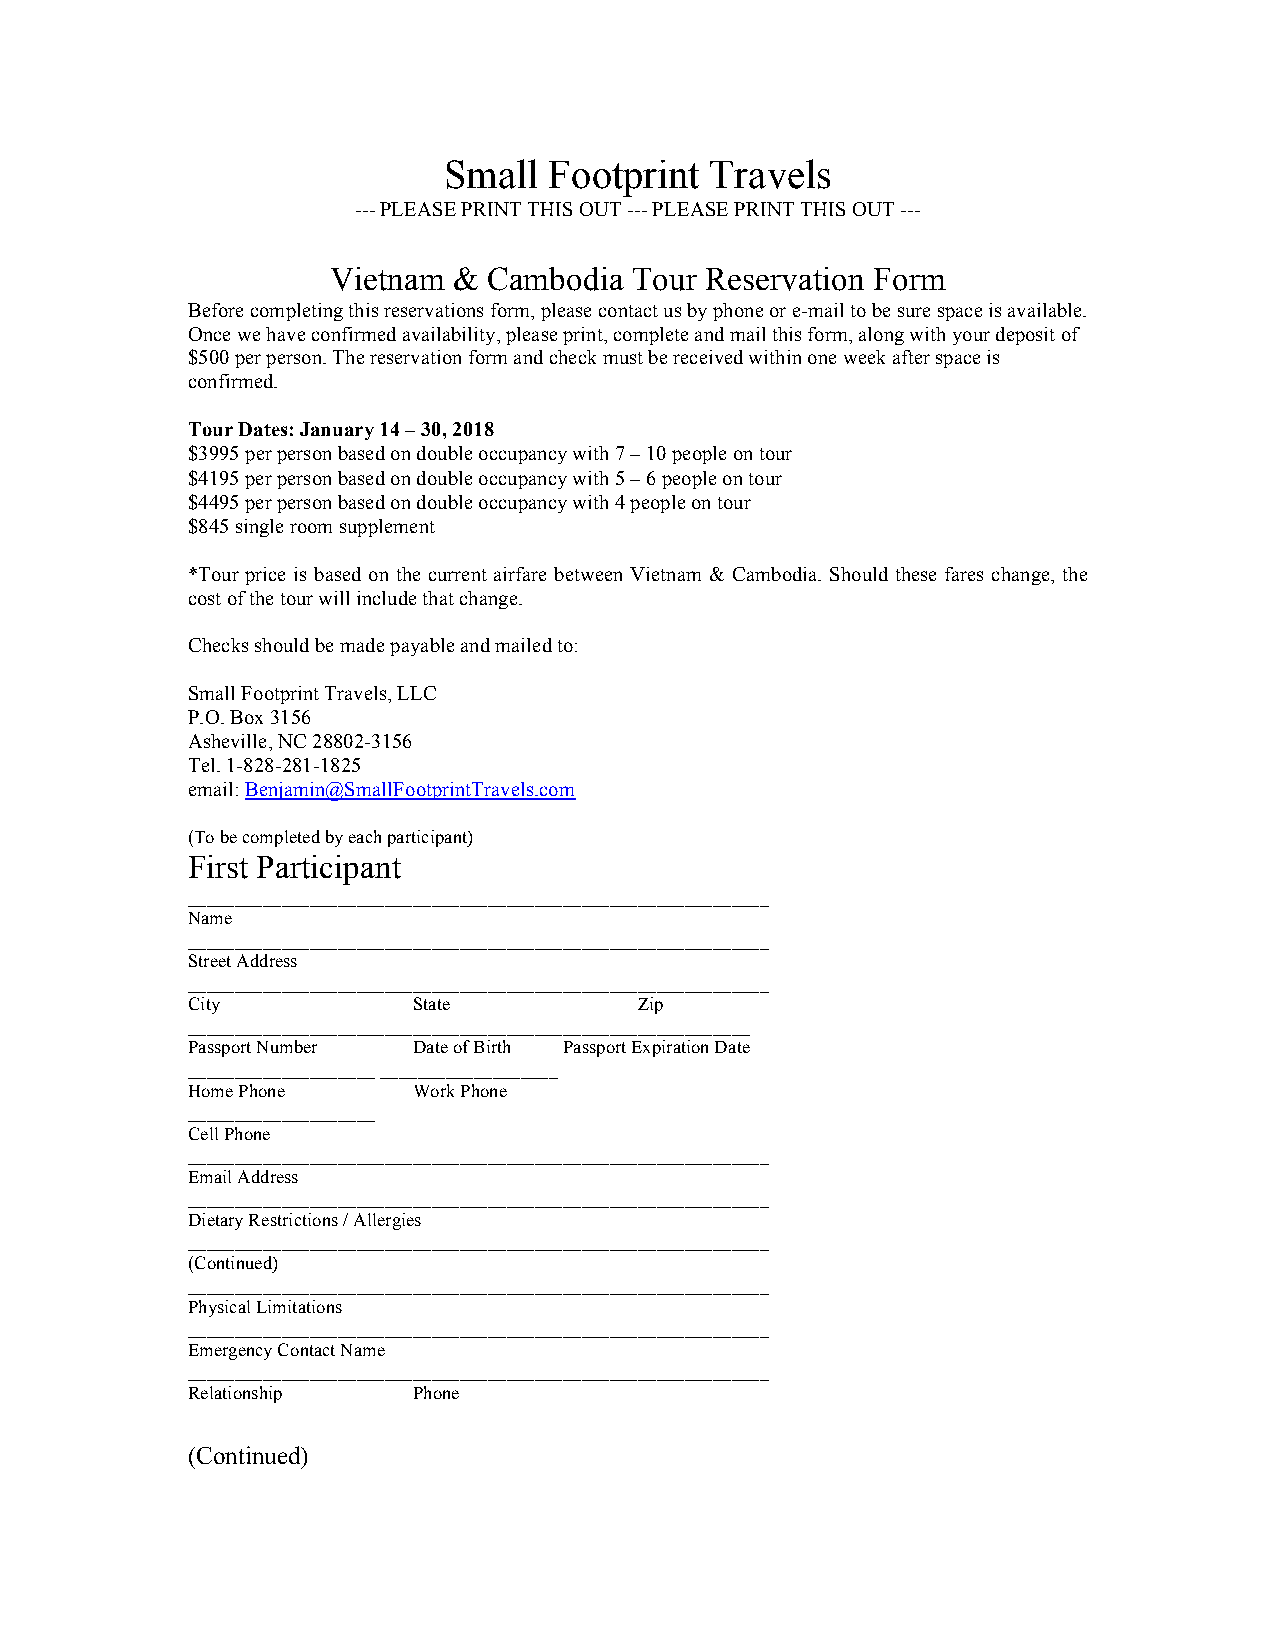
Small  Footprint  Travels
 --- PLEASE PRINT THIS OUT --- PLEASE PRINT THIS OUT ---
 Vietnam & Cambodia  Tour Reservation Form
 Before completing this reservations form, please contact us by phone or e-mail to be sure space is available.
 Once we have confirmed availability, please print, complete and mail this form, along with your deposit of
 $500 per person. The reservation form and check must be received within one week after space is
 confirmed.
 Tour Dates: January 14 – 30, 2018
 $3995 per person based on double occupancy with 7 – 10 people on tour
 $4195 per person based on double occupancy with 5 – 6 people on tour
 $4495 per person based on double occupancy with 4 people on tour
 $845 single room supplement
 *Tour price is based on the current airfare between Vietnam & Cambodia. Should these fares change, the
 cost of the tour will include that change.
 Checks should be made payable and mailed to:
 Small Footprint Travels, LLC
 P.O. Box 3156
 Asheville, NC 28802-3156
 Tel. 1-828-281-1825
 email: Benjamin@SmallFootprintTravels.com
 (To be completed by each participant)
 First Participant
 ______________________________________________________________
 Name
 ______________________________________________________________
 Street Address
 ______________________________________________________________
 City           State          Zip
 ____________________________________________________________
 Passport Number Date of Birth Passport Expiration Date
 ____________________ ___________________
 Home Phone     Work Phone
 ____________________
 Cell Phone
 ______________________________________________________________
 Email Address
 ______________________________________________________________
 Dietary Restrictions / Allergies
 ______________________________________________________________
 (Continued)
 ______________________________________________________________
 Physical Limitations
 ______________________________________________________________
 Emergency Contact Name
 ______________________________________________________________
 Relationship   Phone
 (Continued)